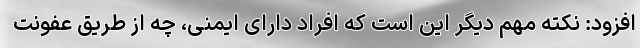
افزود: نکته مهم دیگر این است که افراد دارای ایمنی، چه از طریق عفونت